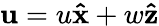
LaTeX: \mathbf{u}=u\mathbf{\hat{x}}+w\mathbf{\hat{z}}